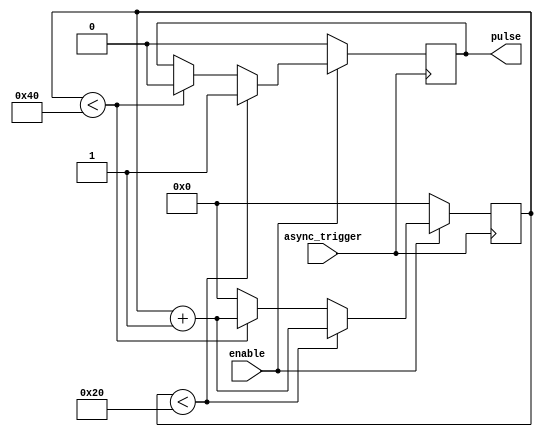
module asynchronous_pulse_generator(
    input wire async_trigger,
    input wire enable,
    output reg pulse
);

reg [7:0] pulse_width = 8'h10;
reg [7:0] pulse_duration = 8'h20;
reg [7:0] pulse_frequency = 8'h40;
reg [7:0] pulse_count = 8'h00;
reg sync_pulse;

always @(posedge async_trigger) begin
    if(enable) begin
        if(pulse_count < pulse_duration) begin
            pulse <= 1;
            pulse_count <= pulse_count + 1;
        end else if(pulse_count < pulse_frequency) begin
            pulse <= 0;
            pulse_count <= pulse_count + 1;
        end else begin
            pulse_count <= 8'h00;
        end
    end else begin
        pulse <= 0;
        pulse_count <= 8'h00;
    end
end

always @(posedge clk) begin
    sync_pulse <= pulse;
end

endmodule